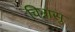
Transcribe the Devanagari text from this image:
चिन्रासु